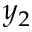
y _ { 2 }